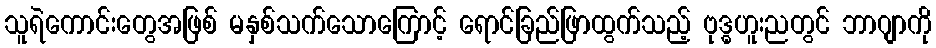
သူရဲကောင်းတွေအဖြစ် မနှစ်သက်သောကြောင့် ရောင်ခြည်ဖြာထွက်သည့် ဗုဒ္ဓဟူးညတွင် ဘာဂျာကို